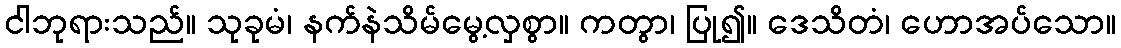
ငါဘုရားသည်။ သုခုမံ၊ နက်နဲသိမ်မွေ့လှစွာ။ ကတွာ၊ ပြု၍။ ဒေသိတံ၊ ဟောအပ်သော။